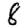
Digit: 8